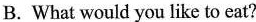
B. What would you like to eat?